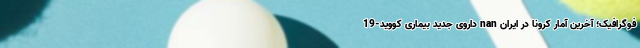
فوگرافیک؛ آخرین آمار کرونا در ایران nan داروی جدید بیماری کووید-19